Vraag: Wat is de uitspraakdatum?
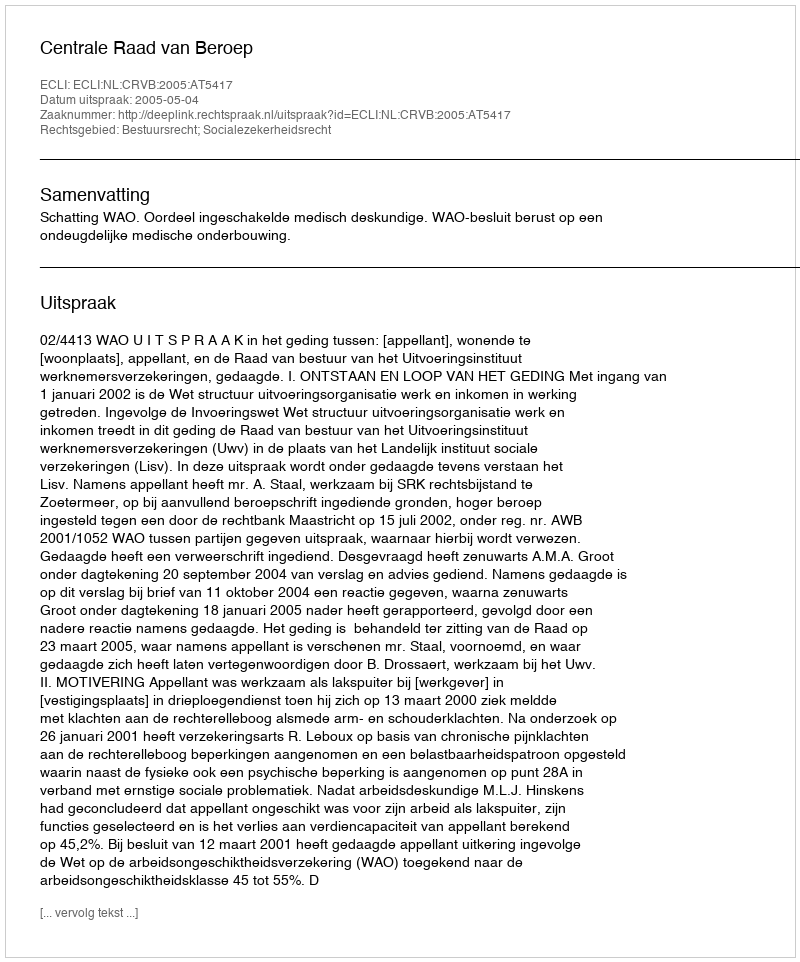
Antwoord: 2005-05-04